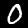
Digit: 0